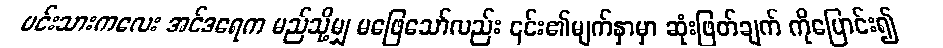
မင်းသားကလေး အင်ဒရေက မည်သို့မျှ မဖြေသော်လည်း ၎င်း၏မျက်နှာမှာ ဆုံးဖြတ်ချက် ကိုပြောင်း၍